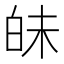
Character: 𤽜